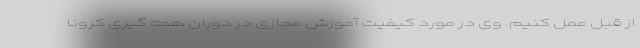
از قبل عمل کنیم. وی در مورد کیفیت آموزش مجازی در دوران همه گیری کرونا